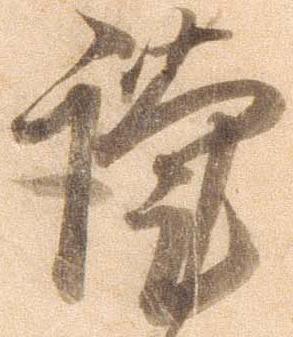
謹